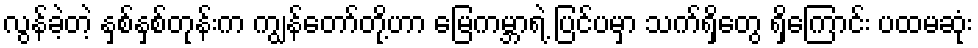
လွန်ခဲ့တဲ့ နှစ်နှစ်တုန်းက ကျွန်တော်တို့ဟာ မြေကမ္ဘာရဲ့ ပြင်ပမှာ သက်ရှိတွေ ရှိကြောင်း ပထမဆုံး